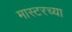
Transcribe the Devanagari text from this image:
मास्टरच्या